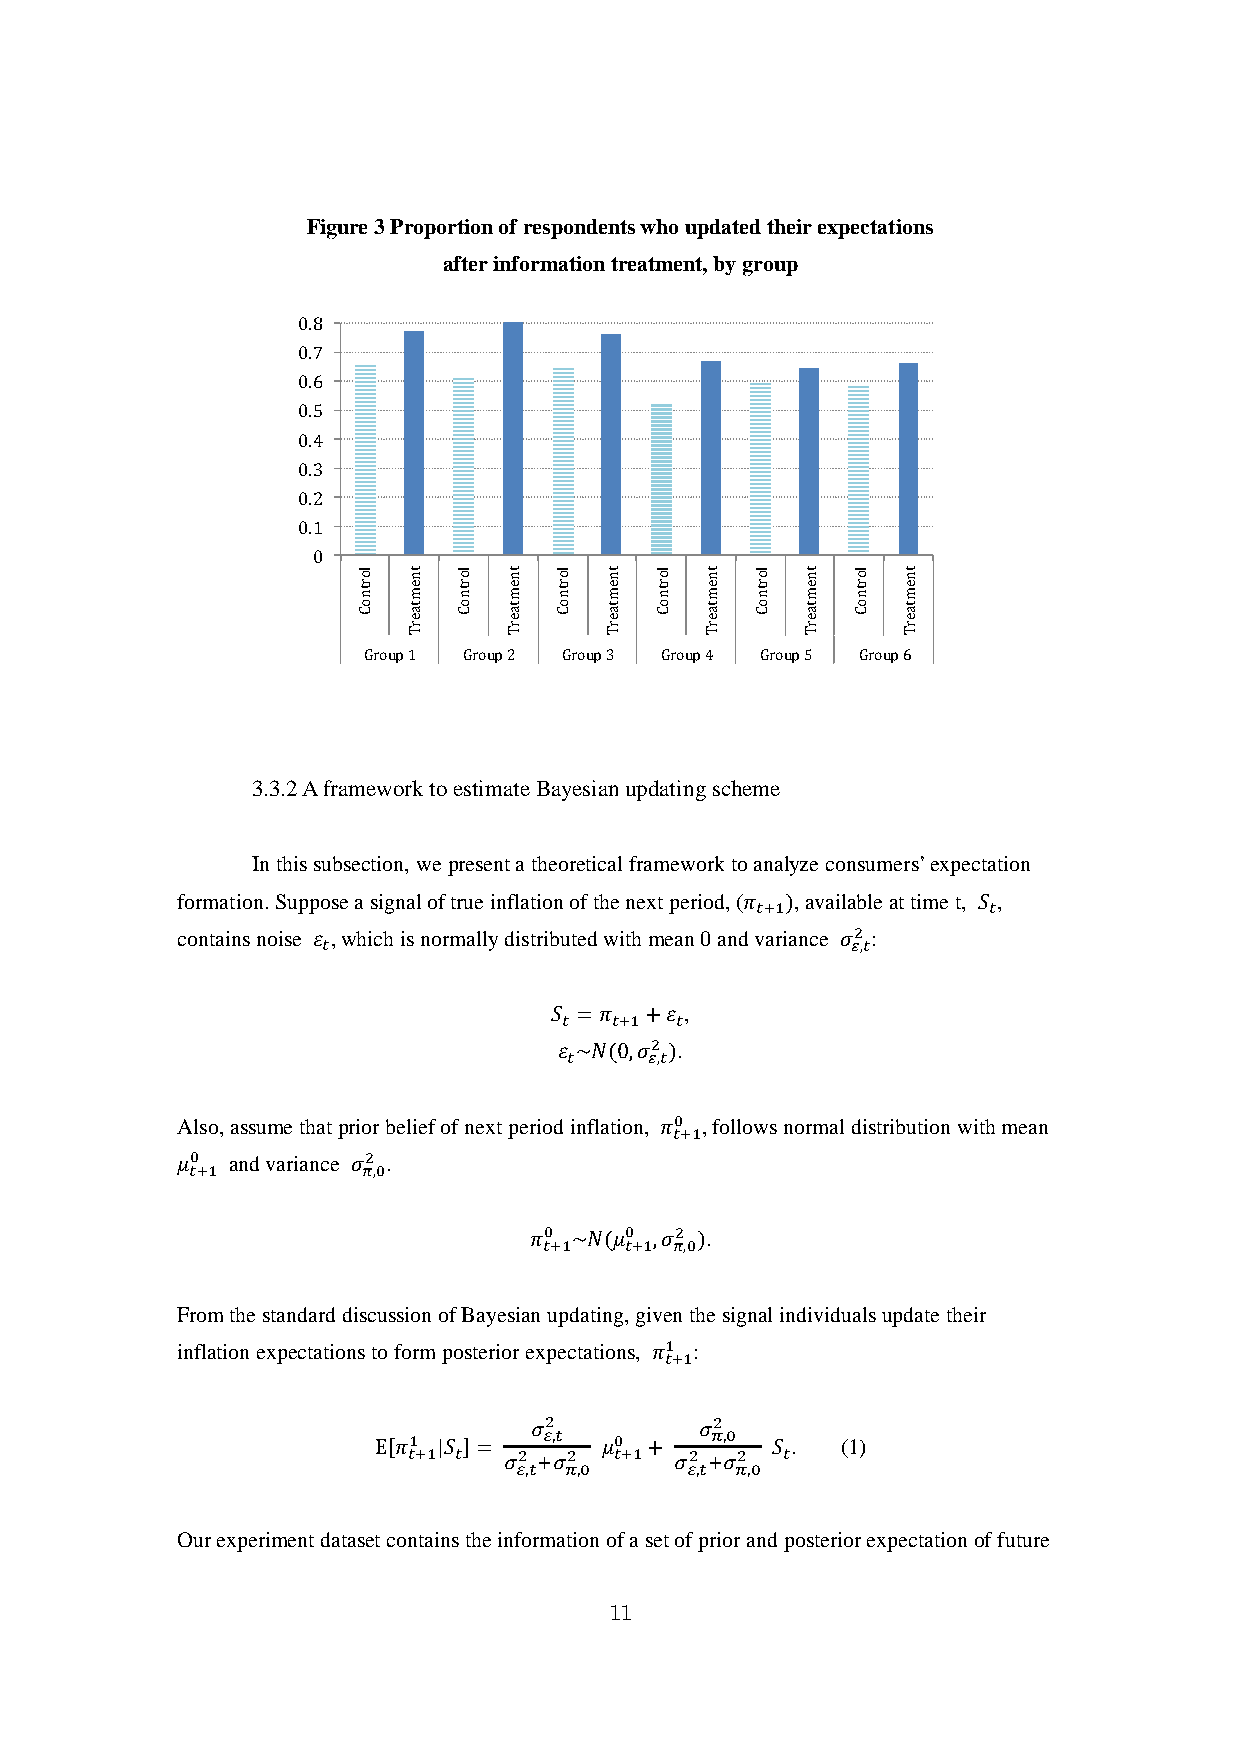
Figure 3 Proportion of respondents who updated their expectations
 after information treatment, by group
 0.8
 0.7
 0.6
 0.5
 0.4
 0.3
 0.2
 0.1
 0
 Group 1 Group 2 Group 3 Group 4 Group 5 Group 6
 3.3.2 A framework to estimate Bayesian updating scheme
 In this subsection, we present a theoretical framework to analyze consumers’ expectation
 formation. Suppose a signal of true inflation of the next period, ( , available at time t, ,
 contains noise , which is normally distributed with mean 0 and 𝜋 v𝑡+a1ri )ance : 𝑆𝑡
 2
 𝜀𝑡                                 𝜎𝜀,𝑡
 ,
 𝑆𝑡 =𝜋𝑡+1+𝜀𝑡.
 2
 𝜀𝑡~𝑁(0,𝜎𝜀,𝑡)
 Also, assume that prior belief of next period inflation, , follows normal distribution with mean
 0
 and variance .
 𝜋𝑡+1
 0          2
 𝜇 𝑡+1      𝜎𝜋,0
 .
 0    0   2
 𝜋𝑡+1~𝑁(𝜇𝑡+1,𝜎𝜋,0)
 From the standard discussion of Bayesian updating, given the signal individuals update their
 inflation expectations to form posterior expectations, :
 1
 𝜋𝑡+1
 .   (1)
 2          2
 1       𝜎𝜀,𝑡  0    𝜎𝜋,0
 E[𝜋𝑡+1|𝑆𝑡]= 2 2 𝜇𝑡+1+ 2 2 𝑆𝑡
 𝜎𝜀,𝑡+𝜎𝜋,0   𝜎𝜀,𝑡+𝜎𝜋,0
 Our experiment dataset contains the information of a set of prior and posterior expectation of future
 11
 lortnoC tnemtaerT lortnoC tnemtaerT lortnoC tnemtaerT lortnoC tnemtaerT lortnoC tnemtaerT lortnoC tnemtaerT